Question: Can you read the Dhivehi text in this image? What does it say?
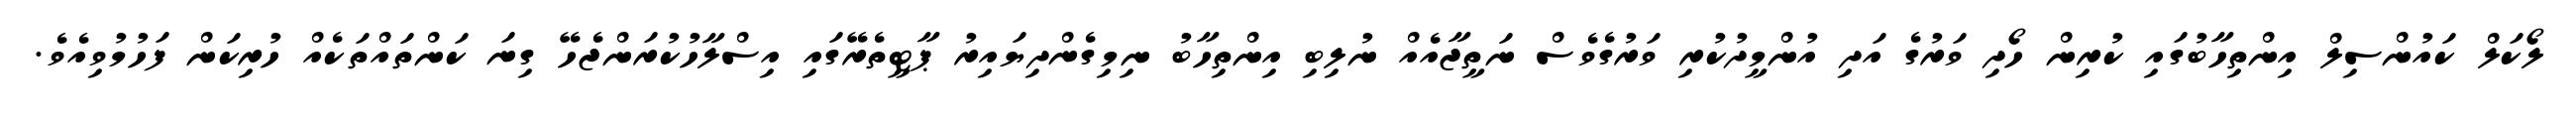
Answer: ލޯކަލް ކައުންސިލް އިންތިހާބުގައި ކުރިން ހޯދި ވަރުގެ އަދި އުންމީދުކުރި ވަރުގެވެސް ނަތީޖާއެއް ނުލިބި އިންތިހާބު ނިމިގެންދިޔައިރު ޕާޓީތެރޭގައި އިސްލާހުކުރަންޖެހޭ ގިނަ ކަންތައްތަކެއް ހުރިކަން ފަހުމުވިއެވެ.